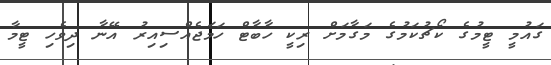
ގައުމީ ޓީމުގެ ކޯޗުކަމުގެ މަގާމަށް ރިކީ ހާބާޓް ހަމަޖެއްސިއިރު އޭނާ ދިވެހި ޓީމާ